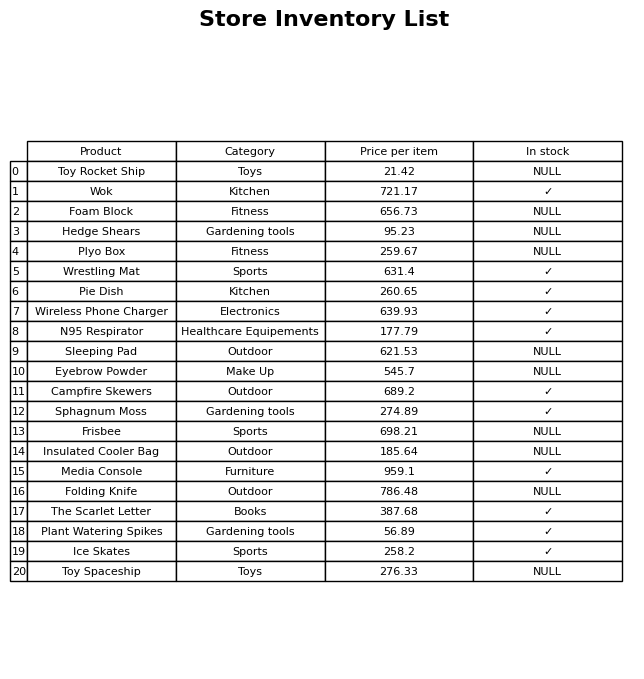
question: Which products are available in stock?
answer: Wok, Wrestling Mat, Pie Dish, Wireless Phone Charger, N95 Respirator, Campfire Skewers, Sphagnum Moss, Media Console, The Scarlet Letter, Plant Watering Spikes, Ice Skates